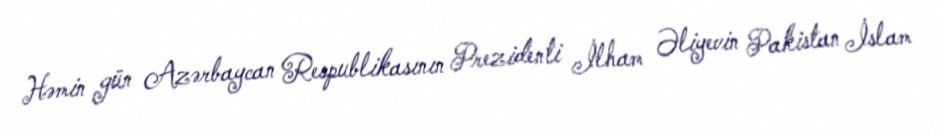
Həmin gün Azərbaycan Respublikasının Prezidenti İlham Əliyevin Pakistan İslam